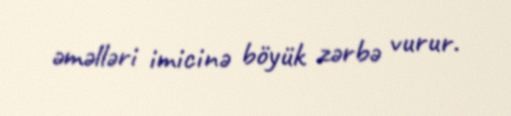
əməlləri imicinə böyük zərbə vurur.